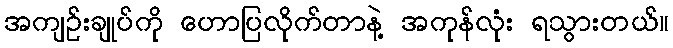
အကျဉ်းချုပ်ကို ဟောပြလိုက်တာနဲ့ အကုန်လုံး ရသွားတယ်။